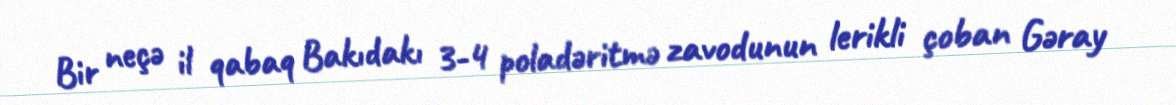
Bir neçə il qabaq Bakıdakı 3-4 poladəritmə zavodunun lerikli çoban Gəray